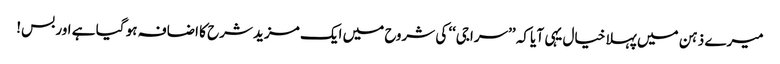
میرے ذہن میں پہلا خیال یہی آیا کہ ’’سراجی‘‘ کی شروح میں ایک مزید شرح کا اضافہ ہو گیا ہے اور بس!